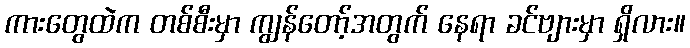
ကားတွေထဲက တစ်စီးမှာ ကျွန်တော့်အတွက် နေရာ ခင်ဗျားမှာ ရှိလား။